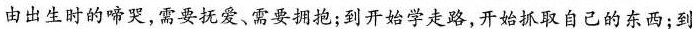
由出生时的啼哭，需要抚爱需要拥抱:到开始学走路，开始抓取自己的东西;到